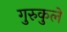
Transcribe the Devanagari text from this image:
गुरुकुले